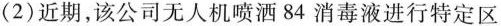
(2)近期，该公司无人机喷洒84消毒液进行特定区